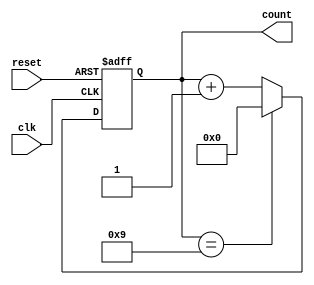
module BCD_Asynchronous_Counter (
    input wire clk,         // Clock input
    input wire reset,       // Asynchronous reset input
    output reg [3:0] count  // 4-bit output for BCD value
);

// Asynchronous reset and counting behavior
always @(posedge clk or posedge reset) begin
    if (reset) begin
        count <= 4'b0000; // Reset the count to 0
    end else begin
        if (count == 4'b1001) begin
            count <= 4'b0000; // Reset to 0 when count reaches 9
        end else begin
            count <= count + 1; // Increment the count
        end
    end
end

endmodule